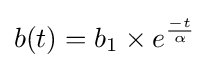
b(t)=b_{1}\times e^{\frac {-t}{\alpha }}